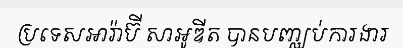
ប្រទេសអារ៉ាប៊ី សាអូឌីត បានបញ្ឈប់ការងារ